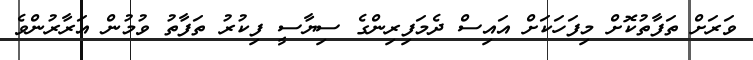
ވަރަށް ތަފާތުކޮށް މިފަހަކަށް އައިސް ދެމަފިރިންގެ ސިޔާސީ ފިކުރު ތަފާތު ވުމުން އަރާރުންވެ